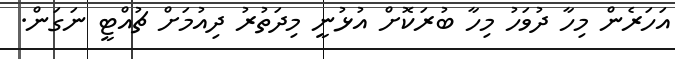
އަހަރެން މިހާ ދުވަހު މިހާ ބުރަކޮށް އުޅުނީ މިދަތުރު ދިއުމަށް ޗުއްޓީ ނަގަން.